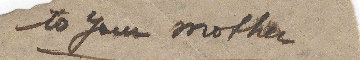
To your mother